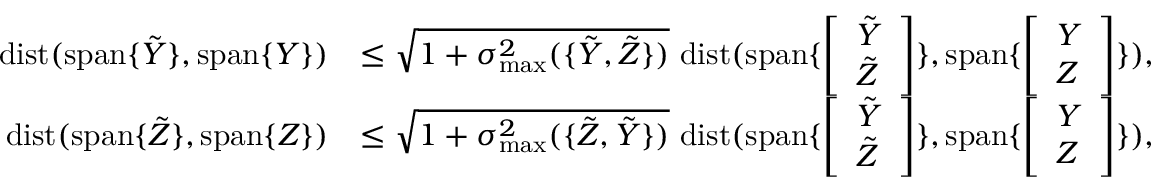
\begin{array} { r l } { { \mathrm { d i s t } } ( { \mathrm { s p a n } } \{ \tilde { Y } \} , { \mathrm { s p a n } } \{ Y \} ) } & { \leq \sqrt { 1 + \sigma _ { \operatorname* { m a x } } ^ { 2 } ( \{ \tilde { Y } , \tilde { Z } \} ) } \ { \mathrm { d i s t } } ( { \mathrm { s p a n } } \{ \left[ \begin{array} { l } { \tilde { Y } } \\ { \tilde { Z } } \end{array} \right] \} , { \mathrm { s p a n } } \{ \left[ \begin{array} { l } { Y } \\ { Z } \end{array} \right] \} ) , } \\ { { \mathrm { d i s t } } ( { \mathrm { s p a n } } \{ \tilde { Z } \} , { \mathrm { s p a n } } \{ Z \} ) } & { \leq \sqrt { 1 + \sigma _ { \operatorname* { m a x } } ^ { 2 } ( \{ \tilde { Z } , \tilde { Y } \} ) } \ { \mathrm { d i s t } } ( { \mathrm { s p a n } } \{ \left[ \begin{array} { l } { \tilde { Y } } \\ { \tilde { Z } } \end{array} \right] \} , { \mathrm { s p a n } } \{ \left[ \begin{array} { l } { Y } \\ { Z } \end{array} \right] \} ) , } \end{array}